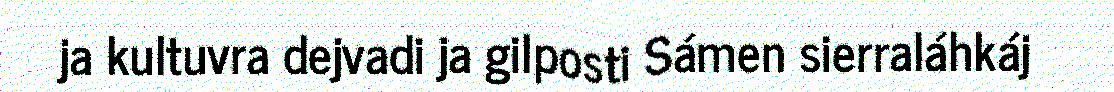
ja kultuvra dejvadi ja gilposti Sámen sierraláhkáj